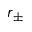
r _ { \pm }